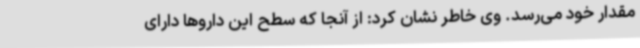
مقدار خود می‌رسد. وی خاطر نشان کرد: از آنجا که سطح این داروها دارای